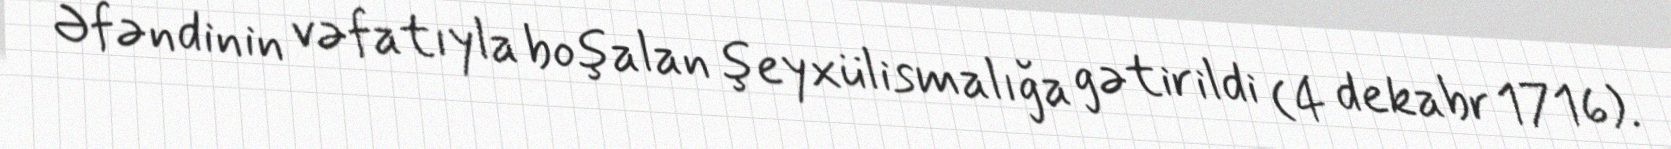
Əfəndinin vəfatıyla boşalan şeyxülismalığa gətirildi (4 dekabr 1716).